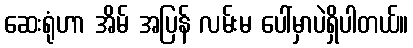
ဆေးရုံဟာ အိမ် အပြန် လမ်းမ ပေါ်မှာပဲရှိပါတယ်။